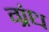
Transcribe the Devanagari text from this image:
ग्रंध